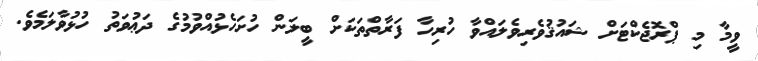
ވީމާ މި ޕްރޮޖެކްޓަށް ޝައުޤުވެރިވެލައްވާ ހުރިހާ ފަރާތްތަކަށް ބީލަން ހުށަހެޅުއްވުމުގެ ދަޢުވަތު ހުޅުވާލަމެވެ.